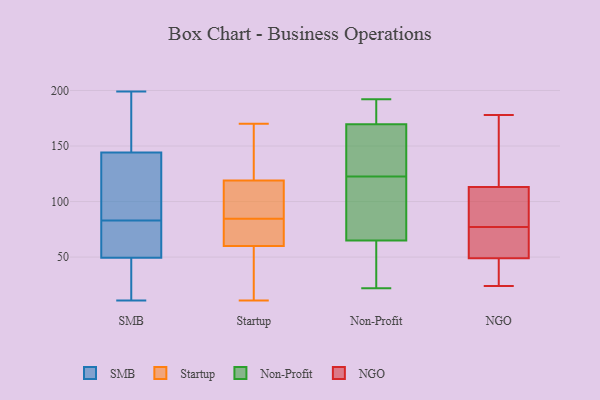
{"axis": {"x": "Revenue (USD Million)", "y": "Value"}, "legend": ["NGO", "Non-Profit", "SMB", "Startup"], "data": [{"x": "", "y": 13, "type": "SMB"}, {"x": "", "y": 42, "type": "SMB"}, {"x": "", "y": 145, "type": "SMB"}, {"x": "", "y": 80, "type": "SMB"}, {"x": "", "y": 119, "type": "SMB"}, {"x": "", "y": 147, "type": "SMB"}, {"x": "", "y": 11, "type": "SMB"}, {"x": "", "y": 83, "type": "SMB"}, {"x": "", "y": 148, "type": "SMB"}, {"x": "", "y": 144, "type": "SMB"}, {"x": "", "y": 52, "type": "SMB"}, {"x": "", "y": 144, "type": "SMB"}, {"x": "", "y": 199, "type": "SMB"}, {"x": "", "y": 63, "type": "SMB"}, {"x": "", "y": 108, "type": "SMB"}, {"x": "", "y": 19, "type": "SMB"}, {"x": "", "y": 66, "type": "SMB"}, {"x": "", "y": 112, "type": "Startup"}, {"x": "", "y": 118, "type": "Startup"}, {"x": "", "y": 70, "type": "Startup"}, {"x": "", "y": 157, "type": "Startup"}, {"x": "", "y": 170, "type": "Startup"}, {"x": "", "y": 143, "type": "Startup"}, {"x": "", "y": 18, "type": "Startup"}, {"x": "", "y": 65, "type": "Startup"}, {"x": "", "y": 120, "type": "Startup"}, {"x": "", "y": 89, "type": "Startup"}, {"x": "", "y": 80, "type": "Startup"}, {"x": "", "y": 32, "type": "Startup"}, {"x": "", "y": 71, "type": "Startup"}, {"x": "", "y": 92, "type": "Startup"}, {"x": "", "y": 55, "type": "Startup"}, {"x": "", "y": 28, "type": "Startup"}, {"x": "", "y": 11, "type": "Startup"}, {"x": "", "y": 169, "type": "Startup"}, {"x": "", "y": 94, "type": "Startup"}, {"x": "", "y": 66, "type": "Startup"}, {"x": "", "y": 30, "type": "Non-Profit"}, {"x": "", "y": 44, "type": "Non-Profit"}, {"x": "", "y": 61, "type": "Non-Profit"}, {"x": "", "y": 143, "type": "Non-Profit"}, {"x": "", "y": 180, "type": "Non-Profit"}, {"x": "", "y": 141, "type": "Non-Profit"}, {"x": "", "y": 124, "type": "Non-Profit"}, {"x": "", "y": 22, "type": "Non-Profit"}, {"x": "", "y": 117, "type": "Non-Profit"}, {"x": "", "y": 168, "type": "Non-Profit"}, {"x": "", "y": 69, "type": "Non-Profit"}, {"x": "", "y": 174, "type": "Non-Profit"}, {"x": "", "y": 121, "type": "Non-Profit"}, {"x": "", "y": 189, "type": "Non-Profit"}, {"x": "", "y": 36, "type": "Non-Profit"}, {"x": "", "y": 162, "type": "Non-Profit"}, {"x": "", "y": 192, "type": "Non-Profit"}, {"x": "", "y": 171, "type": "Non-Profit"}, {"x": "", "y": 94, "type": "Non-Profit"}, {"x": "", "y": 91, "type": "Non-Profit"}, {"x": "", "y": 151, "type": "NGO"}, {"x": "", "y": 45, "type": "NGO"}, {"x": "", "y": 96, "type": "NGO"}, {"x": "", "y": 24, "type": "NGO"}, {"x": "", "y": 54, "type": "NGO"}, {"x": "", "y": 81, "type": "NGO"}, {"x": "", "y": 73, "type": "NGO"}, {"x": "", "y": 178, "type": "NGO"}, {"x": "", "y": 113, "type": "NGO"}, {"x": "", "y": 49, "type": "NGO"}]}